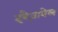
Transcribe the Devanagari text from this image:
इबैज़ाबेल